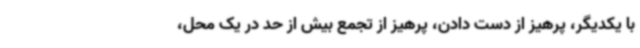
با یکدیگر، پرهیز از دست دادن، پرهیز از تجمع بیش از حد در یک محل،